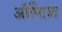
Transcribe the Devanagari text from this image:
ऑप्टिवा